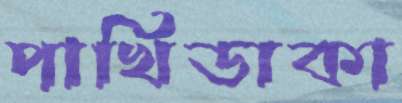
পাখিডাকা